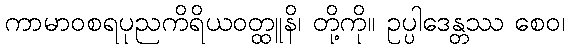
ကာမာဝစရပုညကိရိယဝတ္ထူနိ၊ တို့ကို။ ဥပ္ပါဒေန္တဿ စေဝ၊